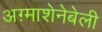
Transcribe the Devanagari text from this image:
अग़्माशेनेबेली